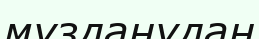
мұзданудан